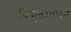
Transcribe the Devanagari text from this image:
विद्युत्‌मापन